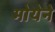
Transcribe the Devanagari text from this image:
मोयेने